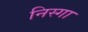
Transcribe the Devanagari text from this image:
निस्गा